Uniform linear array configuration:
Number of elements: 64
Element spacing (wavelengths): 0.25
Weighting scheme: cosine
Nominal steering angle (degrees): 30
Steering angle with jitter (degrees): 28.431
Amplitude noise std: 0.05
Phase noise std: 0.05

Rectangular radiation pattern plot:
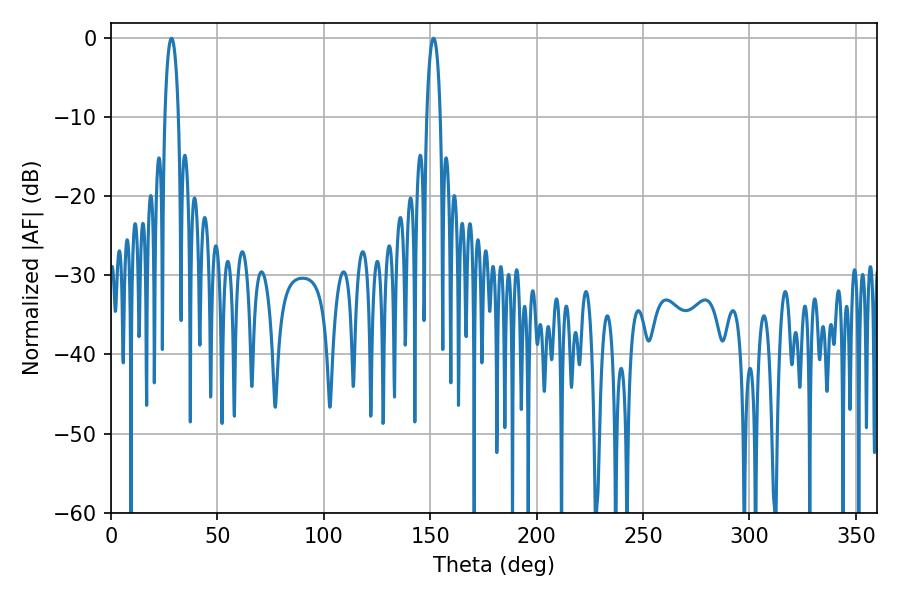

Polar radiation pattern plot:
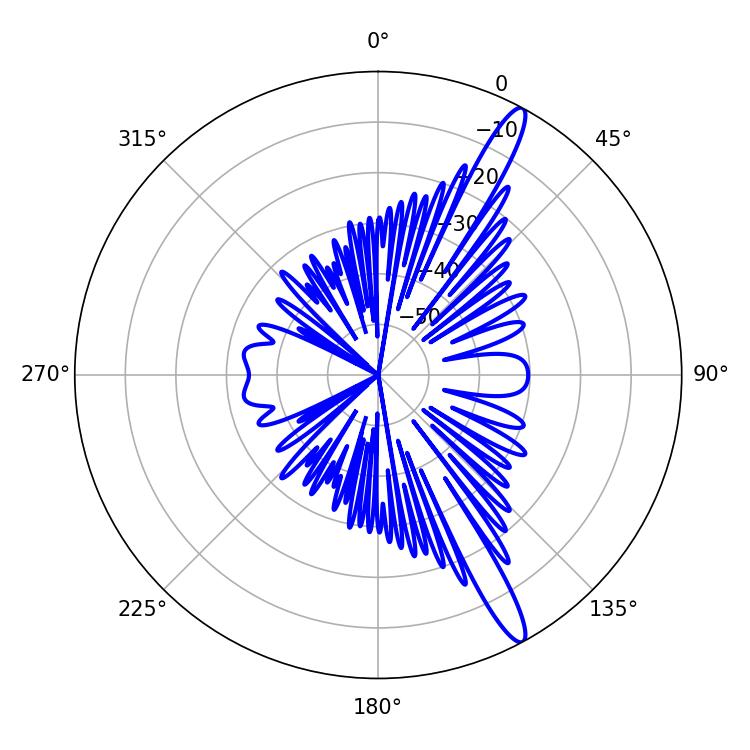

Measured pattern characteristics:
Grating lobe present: FALSE
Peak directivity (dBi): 14.682
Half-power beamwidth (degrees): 3.6
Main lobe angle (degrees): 28.44